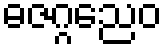
ဓဇဂ္ဂညေဝ